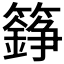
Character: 𮆸